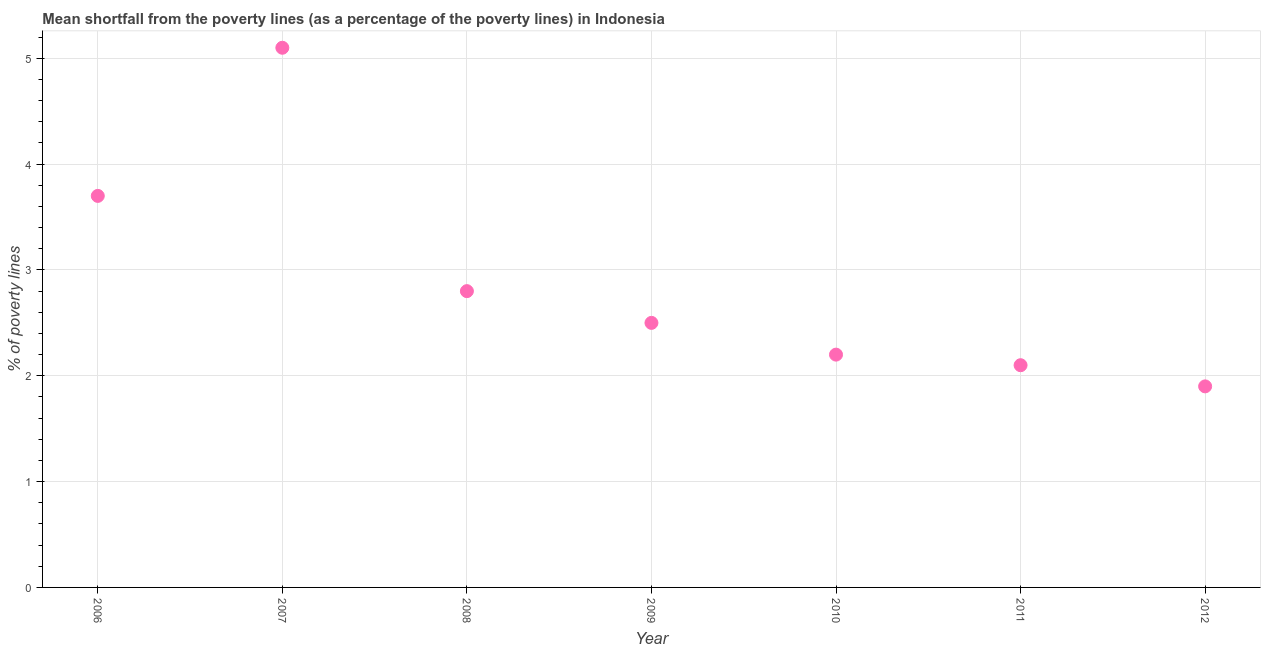
| Year | Poverty gap at national poverty lines |
 | --- | --- |
 | 2006 | 3.7 |
 | 2007 | 5.1 |
 | 2008 | 2.8 |
 | 2009 | 2.5 |
 | 2010 | 2.2 |
 | 2011 | 2.1 |
 | 2012 | 1.9 |